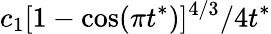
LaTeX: c_{1}[1-\cos(\pi t^{*})]^{4/3}/4t^{*}